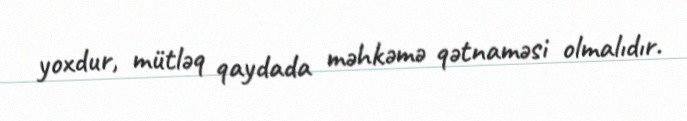
yoxdur, mütləq qaydada məhkəmə qətnaməsi olmalıdır.